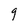
Character: g